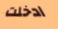
ادخلت